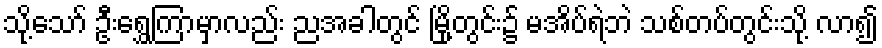
သို့သော် ဦးရွှေကြာမှာလည်း ညအခါတွင် မြို့တွင်း၌ မအိပ်ရဲဘဲ သစ်တပ်တွင်းသို့ လာ၍